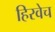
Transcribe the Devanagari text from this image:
हिरवेच